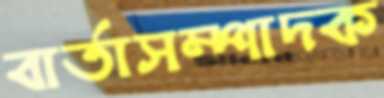
বার্তাসম্পাদক